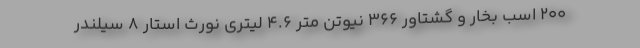
200 اسب بخار و گشتاور 366 نیوتن متر 4.6 لیتری نورث استار 8 سیلندر